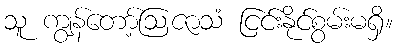
သူ ကျွန်တော့်ဩဇာသံ ငြင်းနိုင်စွမ်းမရှိ။